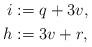
LaTeX: \begin{align*}i & := q+3v,\\h & := 3 v + r,\end{align*}